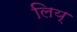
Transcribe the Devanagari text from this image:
लिय्